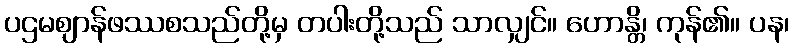
ပဌမဈာန်ဖဿစသည်တို့မှ တပါးတို့သည် သာလျှင်။ ဟောန္တိ၊ ကုန်၏။ ပန၊